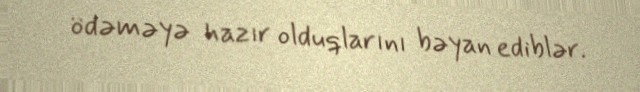
ödəməyə hazır olduqlarını bəyan ediblər.